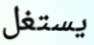
يستغل